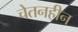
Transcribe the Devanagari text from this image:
चेतनहीन